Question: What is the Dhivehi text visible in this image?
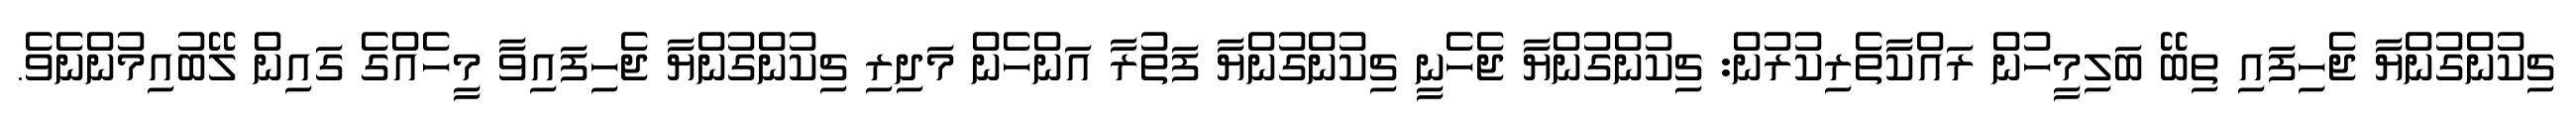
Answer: ޗިކުންގުންޔާ ޖެހިފައި ތިބޭ ބަލިމީހުން ރައްކާތެރިކުރުން: ޗިކުންގުންޔާ ޖެހެނީ ޗިކުންގުންޔާ ފަތުރާ އަންހެން މަދިރި ޗިކުންގުންޔާ ޖެހިފައިވާ މީހެއްގެ ގައިން ލޭބުއިމުންނެވެ.